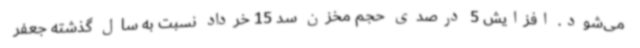
می‌شود. افزایش 5 درصدی حجم مخزن سد 15 خرداد نسبت به سال گذشته جعفر